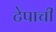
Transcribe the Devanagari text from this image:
टेपाची